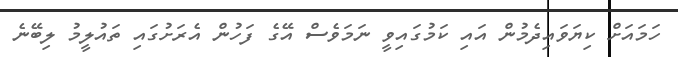
ހަމައަށް ކިޔަވައިދެމުން އައި ކަމުގައިވީ ނަމަވެސް އޭގެ ފަހުން އެރަަށުގައި ތައުލީމު ލިބޭނެ